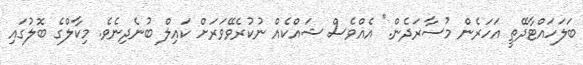
ބަލަހައްޓާދޭތީ އަހަރެން މުސާރަދެން." އެއްވެސް ޝައްކެއް ނުކުރެވޭވަރަށް ކައިލް ބުނެދިނެވެ. މިކާލްގެ ބޮލުގައި